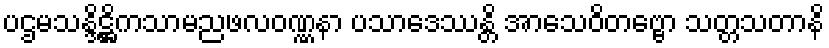
ပဌမသန္ဒိဋ္ဌိကသာမညဖလဝဏ္ဏနာ ပသာဒေဿန္တိ အာသေဝိတဗ္ဗော သတ္တသတာနိ